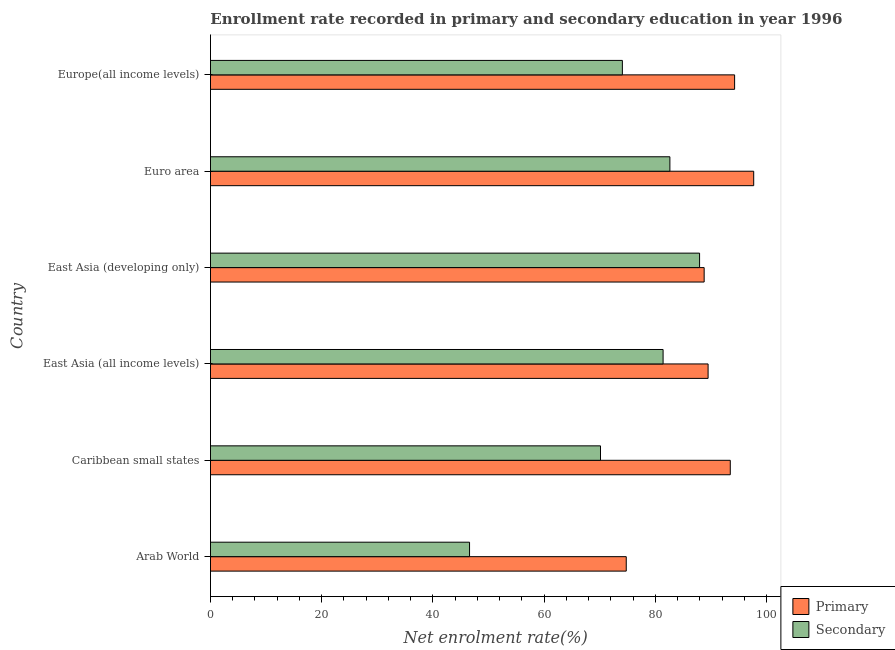
| Country | Primary | Secondary |
 | --- | --- | --- |
 | Arab World | 74.8 | 46.6 |
 | Caribbean small states | 93.5 | 70.1 |
 | East Asia (all income levels) | 89.5 | 81.4 |
 | East Asia (developing only) | 88.8 | 87.9 |
 | Euro area | 97.7 | 82.6 |
 | Europe(all income levels) | 94.2 | 74.1 |